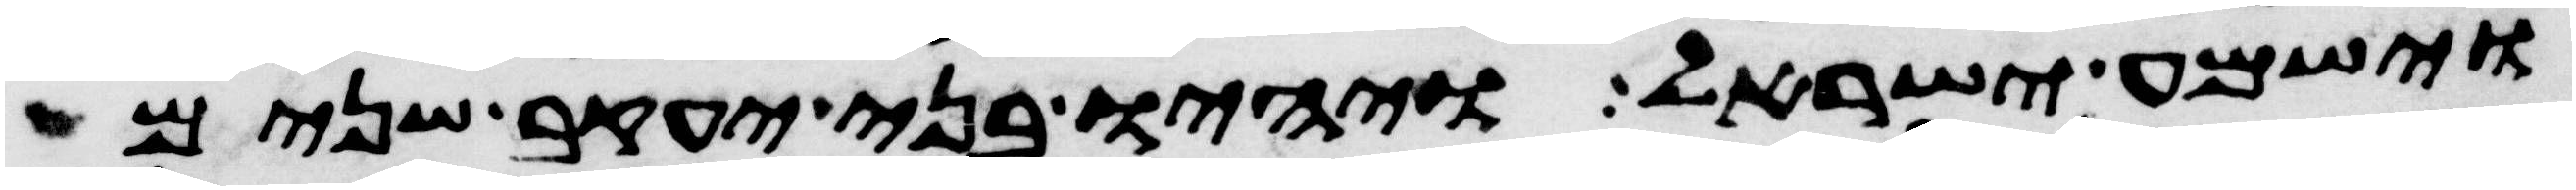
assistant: וישמע ישראל ויהיו בני יעקב שנים